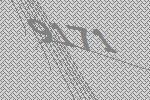
9171